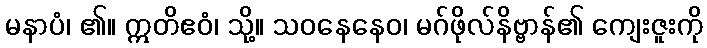
မနာပံ၊ ၏။ ဣတိဧဝံ၊ သို့။ သဝနေနေဝ၊ မဂ်ဖိုလ်နိဗ္ဗာန်၏ ကျေးဇူးကို